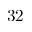
3 2